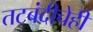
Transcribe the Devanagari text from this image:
तटबंदीचेही